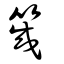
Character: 筬